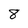
Character: 8